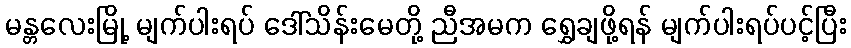
မန္တလေးမြို့ မျက်ပါးရပ် ဒေါ်သိန်းမေတို့ ညီအမက ရွှေချဖို့ရန် မျက်ပါးရပ်ပင့်ပြီး